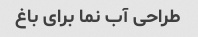
طراحی آب نما برای باغ